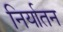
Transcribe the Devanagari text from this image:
निर्यातन